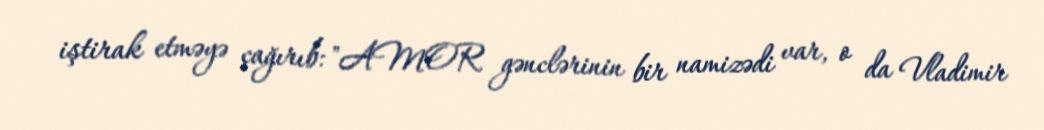
iştirak etməyə çağırıb: "AMOR gənclərinin bir namizədi var, o da Vladimir